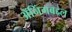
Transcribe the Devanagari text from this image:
ॲनिंगबद्दल